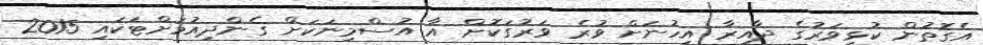
އެގޮތުން ކުޅިވަރުގެ ދާއިރާ އިހުނަށް ވުރެ ވަރުގަކޮށް އާ އުސްމިނަކަށް ގެންދިއުމަށްޓަކައި 2015